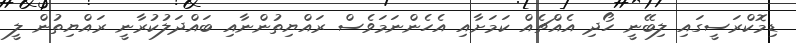
ޑިމޮކްރަސީގައި ލިބޭނީ ހޯދި އެއްޗެއް ކަމަށާއި އެހެންނަމަވެސް ރައްޔިތުންނާއި ބައްދަލުކުރާނީ ރައްޔިތުން ލީ